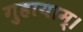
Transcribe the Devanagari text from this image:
गुहायाम्।